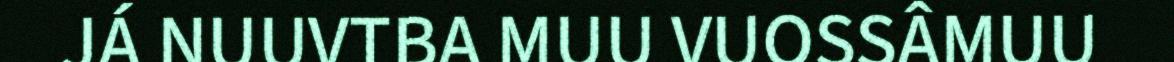
JÁ NUUVTBA MUU VUOSSÂMUU